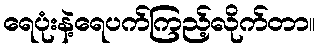
ရေပုံးနဲ့ရေပက်ကြည့်လိုက်တာ။